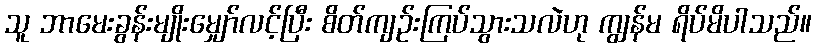
သူ ဘာမေးခွန်းမျိုးမျှော်လင့်ပြီး စိတ်ကျဉ်းကြပ်သွားသလဲဟု ကျွန်မ ရိပ်မိပါသည်။